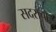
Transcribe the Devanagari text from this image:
सदराचा